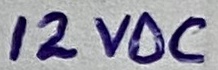
Text: 12VDC